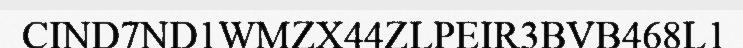
CIND7ND1WMZX44ZLPEIR3BVB468L1